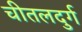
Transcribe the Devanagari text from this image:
चीतलदुर्ग